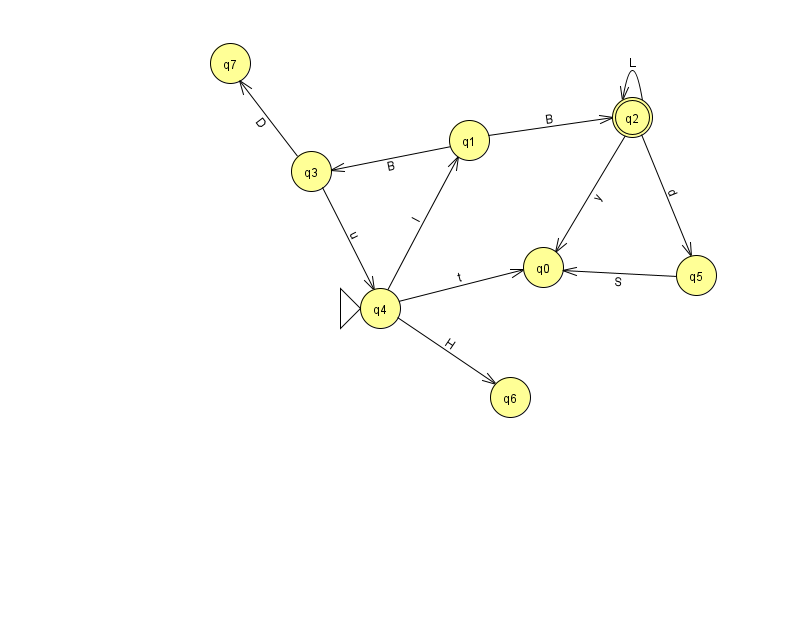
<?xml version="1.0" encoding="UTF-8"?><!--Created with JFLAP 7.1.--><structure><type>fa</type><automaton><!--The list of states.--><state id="0" name="q0"><x>543.0</x><y>254.0</y></state><state id="1" name="q1"><x>469.0</x><y>127.0</y></state><state id="2" name="q2"><x>632.0</x><y>104.0</y><final/></state><state id="3" name="q3"><x>311.0</x><y>158.0</y></state><state id="4" name="q4"><x>380.0</x><y>295.0</y><initial/></state><state id="5" name="q5"><x>696.0</x><y>262.0</y></state><state id="6" name="q6"><x>510.0</x><y>384.0</y></state><state id="7" name="q7"><x>230.0</x><y>50.0</y></state><!--The list of transitions.--><transition><from>3</from><to>4</to><read>u</read></transition><transition><from>4</from><to>0</to><read>t</read></transition><transition><from>4</from><to>1</to><read>l</read></transition><transition><from>4</from><to>6</to><read>H</read></transition><transition><from>2</from><to>0</to><read>y</read></transition><transition><from>1</from><to>2</to><read>B</read></transition><transition><from>5</from><to>0</to><read>S</read></transition><transition><from>1</from><to>3</to><read>B</read></transition><transition><from>3</from><to>7</to><read>D</read></transition><transition><from>2</from><to>2</to><read>L</read></transition><transition><from>2</from><to>5</to><read>d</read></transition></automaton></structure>